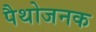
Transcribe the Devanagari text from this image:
पैथोजनक